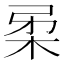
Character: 𭩲